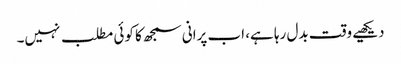
دیکھیے وقت بدل رہا ہے، اب پرانی سمجھ کا کوئی مطلب نہیں۔